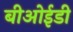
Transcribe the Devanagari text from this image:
बीओईडी